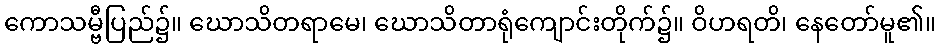
ကောသမ္ဗီပြည်၌။ ဃောသိတရာမေ၊ ဃောသိတာရုံကျောင်းတိုက်၌။ ဝိဟရတိ၊ နေတော်မူ၏။